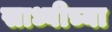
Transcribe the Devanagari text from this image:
साध्वीच्या